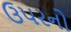
ઉપરનો